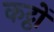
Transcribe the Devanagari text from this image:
कट्ठों